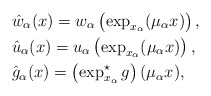
\begin{align*}&\hat{w}_\alpha(x)=w_\alpha\left(\exp_{x_\alpha}(\mu_\alpha x)\right),\\&\hat{u}_\alpha(x)=u_\alpha\left(\exp_{x_\alpha}(\mu_\alpha x)\right),\\&\hat{g}_\alpha(x)=\left(\exp^\star_{x_\alpha}g\right)(\mu_\alpha x),\end{align*}